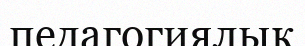
педагогиялық